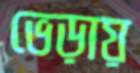
ভেড়ায়